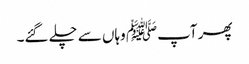
پھر آپﷺ وہاں سے چلے گئے۔